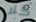
كلا